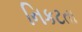
નિકટતા